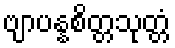
ဗျာပန္နစိတ္တသုတ္တံ